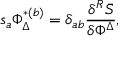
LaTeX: s _ { a } \Phi _ { \Delta } ^ { * ( b ) } = \delta _ { a b } \frac { \delta ^ { R } \bar { S } } { \delta \Phi ^ { \Delta } } ,